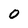
Character: 0